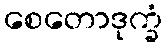
စေတောဒုက္ခံ